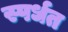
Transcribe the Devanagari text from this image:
स्पर्धत